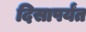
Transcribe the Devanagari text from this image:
दिसापर्यंत